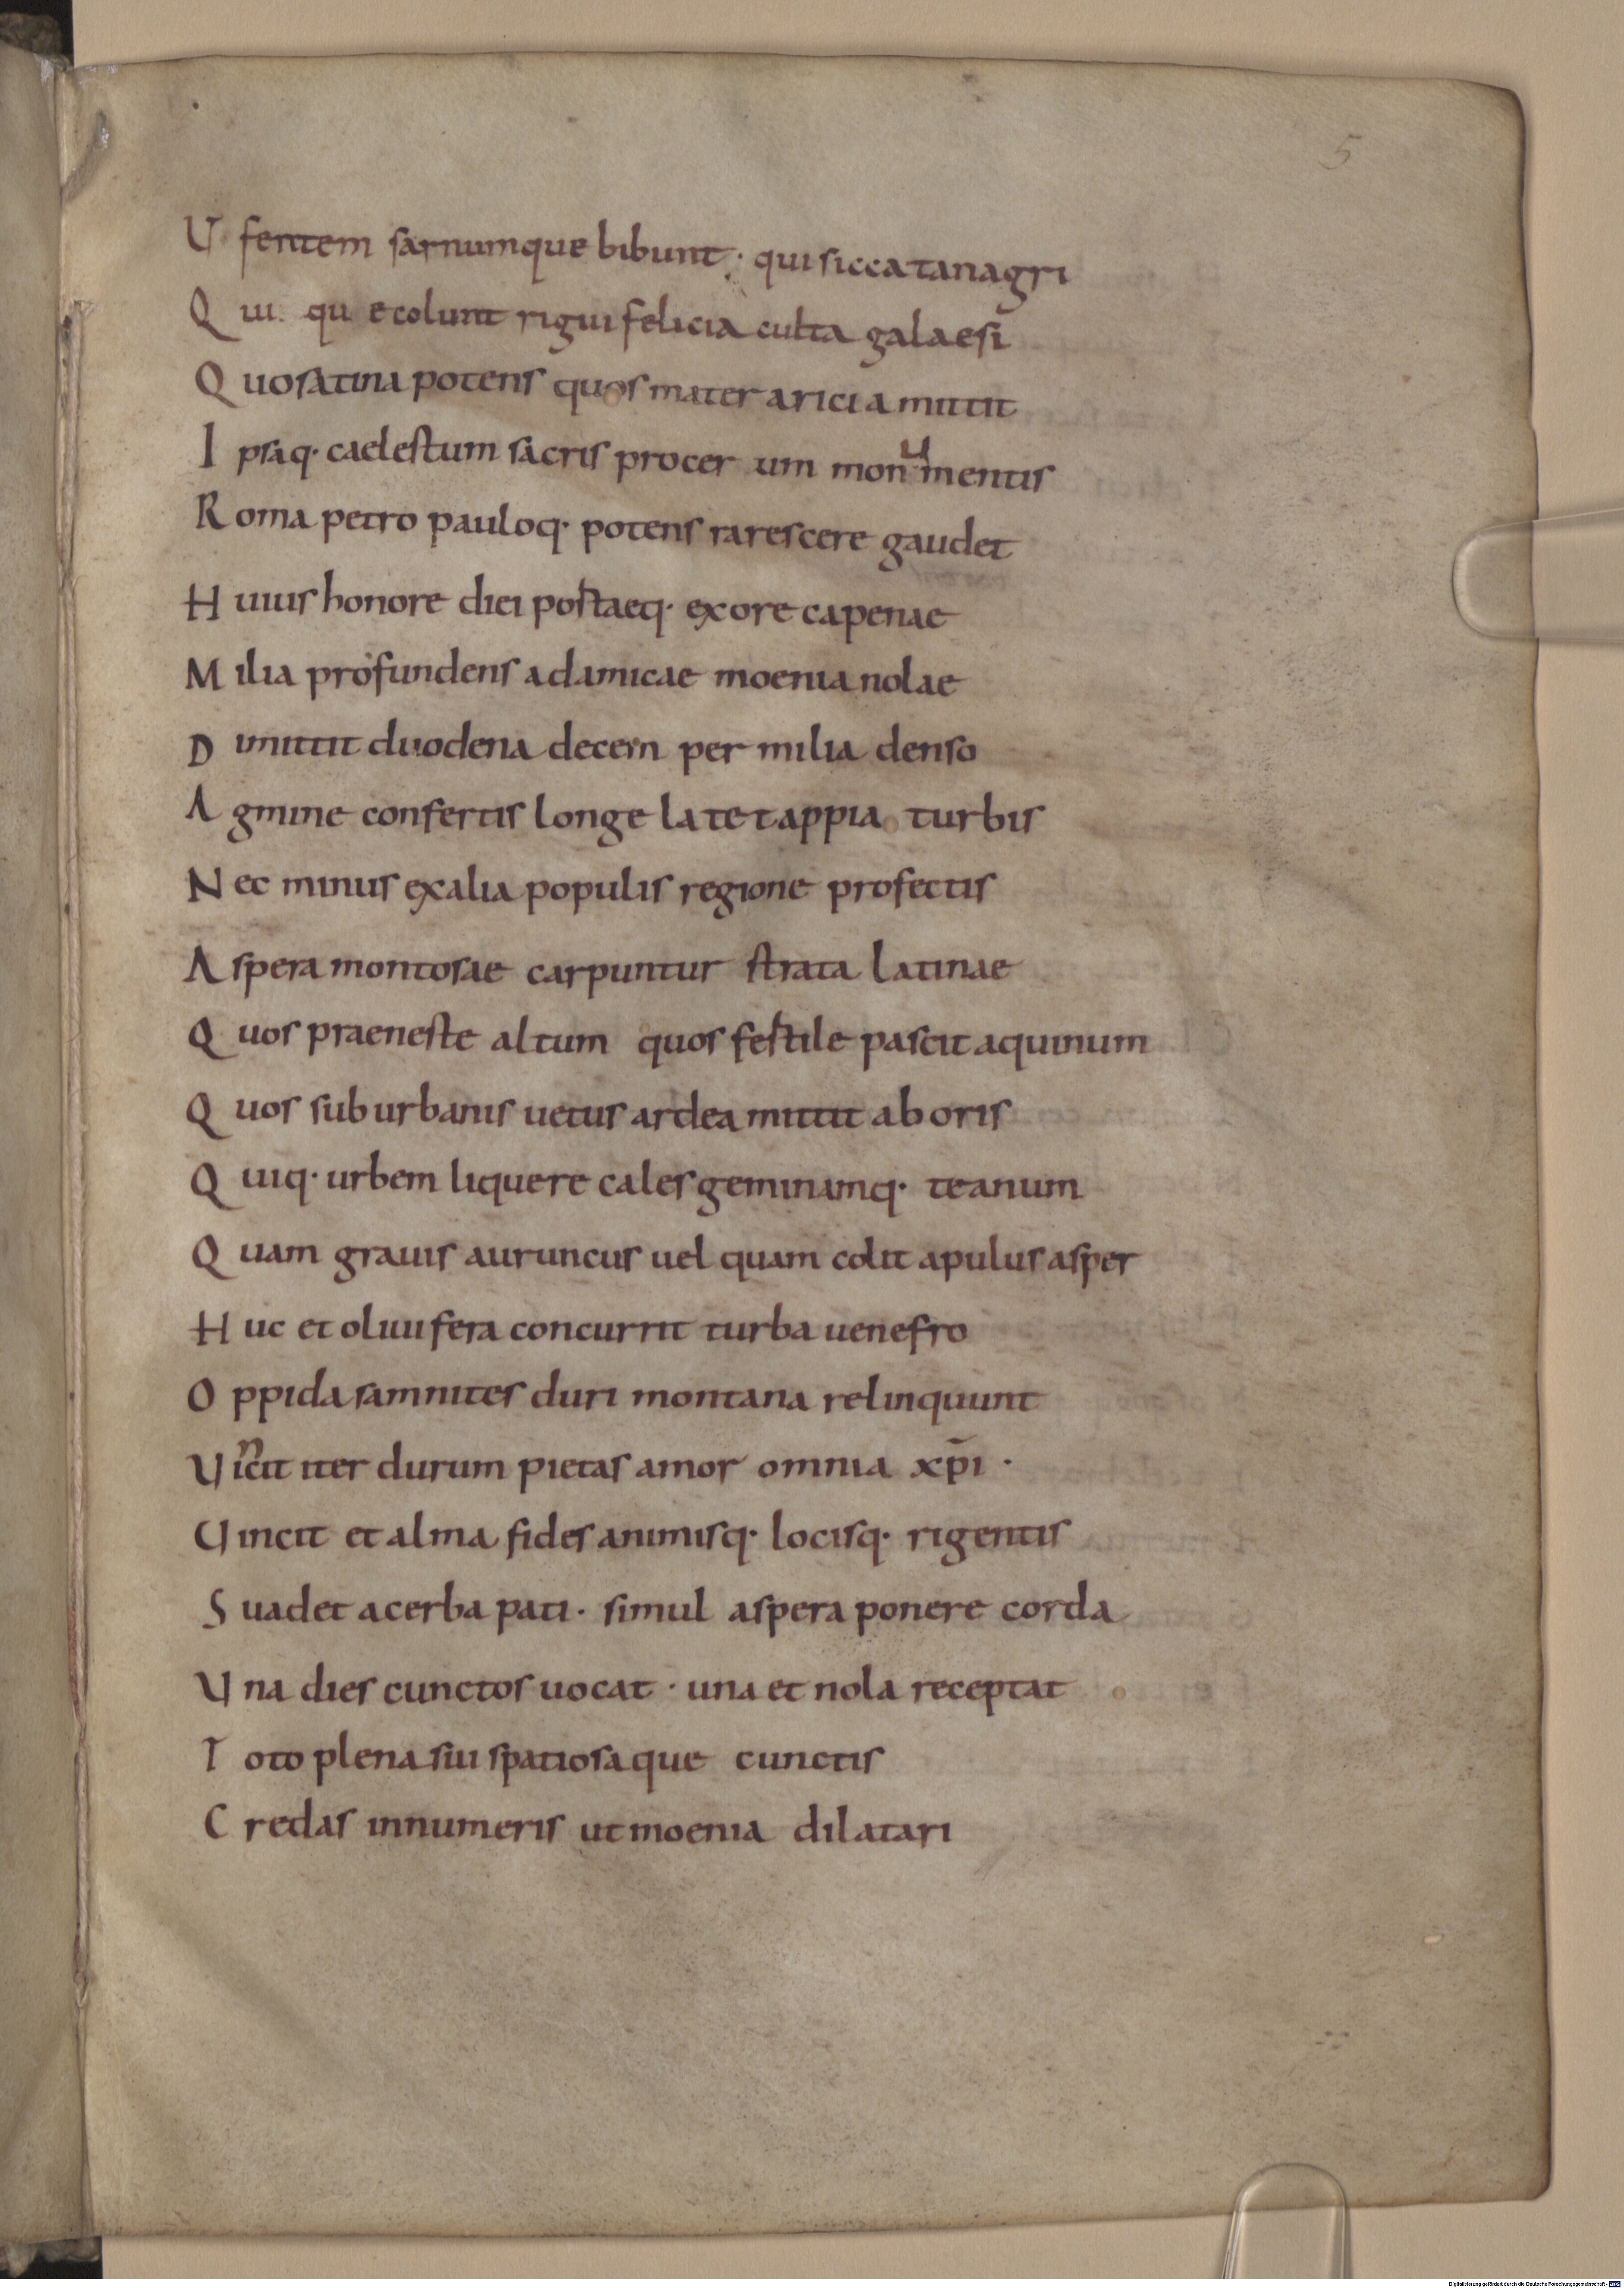
Shelfmark: Munich, Bayerische Staatsbibliothek, Clm 6412
Century: 10